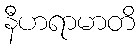
နီဟရာမာတိ